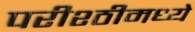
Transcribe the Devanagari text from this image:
परीश्ठीमध्ये